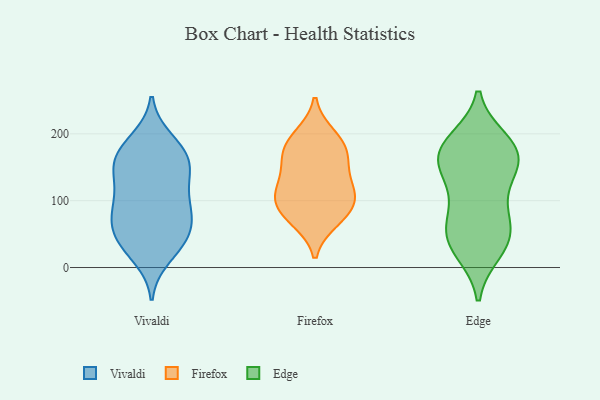
{"axis": {"x": "Revenue (USD Million)", "y": "Value"}, "legend": ["Edge", "Firefox", "Vivaldi"], "data": [{"x": "", "y": 105, "type": "Vivaldi"}, {"x": "", "y": 178, "type": "Vivaldi"}, {"x": "", "y": 162, "type": "Vivaldi"}, {"x": "", "y": 148, "type": "Vivaldi"}, {"x": "", "y": 41, "type": "Vivaldi"}, {"x": "", "y": 84, "type": "Vivaldi"}, {"x": "", "y": 31, "type": "Vivaldi"}, {"x": "", "y": 63, "type": "Vivaldi"}, {"x": "", "y": 158, "type": "Vivaldi"}, {"x": "", "y": 44, "type": "Vivaldi"}, {"x": "", "y": 191, "type": "Vivaldi"}, {"x": "", "y": 120, "type": "Vivaldi"}, {"x": "", "y": 89, "type": "Vivaldi"}, {"x": "", "y": 138, "type": "Vivaldi"}, {"x": "", "y": 179, "type": "Vivaldi"}, {"x": "", "y": 45, "type": "Vivaldi"}, {"x": "", "y": 16, "type": "Vivaldi"}, {"x": "", "y": 85, "type": "Vivaldi"}, {"x": "", "y": 149, "type": "Vivaldi"}, {"x": "", "y": 74, "type": "Vivaldi"}, {"x": "", "y": 109, "type": "Firefox"}, {"x": "", "y": 162, "type": "Firefox"}, {"x": "", "y": 189, "type": "Firefox"}, {"x": "", "y": 197, "type": "Firefox"}, {"x": "", "y": 117, "type": "Firefox"}, {"x": "", "y": 71, "type": "Firefox"}, {"x": "", "y": 87, "type": "Firefox"}, {"x": "", "y": 77, "type": "Firefox"}, {"x": "", "y": 157, "type": "Firefox"}, {"x": "", "y": 103, "type": "Firefox"}, {"x": "", "y": 123, "type": "Firefox"}, {"x": "", "y": 174, "type": "Firefox"}, {"x": "", "y": 163, "type": "Edge"}, {"x": "", "y": 80, "type": "Edge"}, {"x": "", "y": 24, "type": "Edge"}, {"x": "", "y": 189, "type": "Edge"}, {"x": "", "y": 57, "type": "Edge"}, {"x": "", "y": 107, "type": "Edge"}, {"x": "", "y": 179, "type": "Edge"}, {"x": "", "y": 64, "type": "Edge"}, {"x": "", "y": 190, "type": "Edge"}, {"x": "", "y": 27, "type": "Edge"}, {"x": "", "y": 172, "type": "Edge"}, {"x": "", "y": 164, "type": "Edge"}, {"x": "", "y": 154, "type": "Edge"}, {"x": "", "y": 39, "type": "Edge"}, {"x": "", "y": 127, "type": "Edge"}, {"x": "", "y": 50, "type": "Edge"}, {"x": "", "y": 150, "type": "Edge"}]}